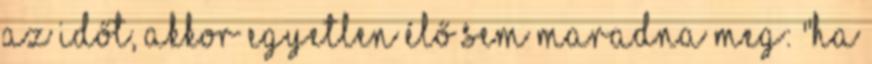
az időt, akkor egyetlen élő sem maradna meg: "Ha